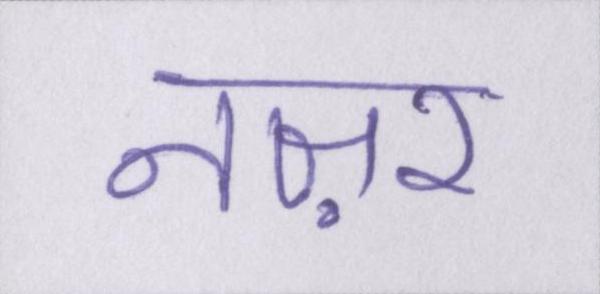
नज़र